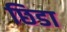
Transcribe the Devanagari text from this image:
छिडा